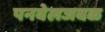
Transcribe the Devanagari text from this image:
पनवेलजवळ